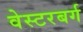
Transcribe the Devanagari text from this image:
वेस्टरबर्ग